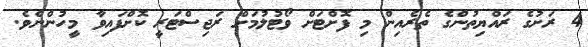
4 ރަށުގެ ރައްޔިތުންގެ ތެރެއިން މި ފޮށްޓަށް ވޯޓުލުމަށް ރަޖިސްޓަރީ ކޮށްފައިވާ މީހުންނެވެ.